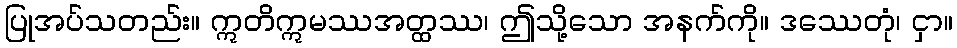
ပြုအပ်သတည်း။ ဣတိဣမဿအတ္ထဿ၊ ဤသို့သော အနက်ကို။ ဒဿေတုံ၊ ငှာ။